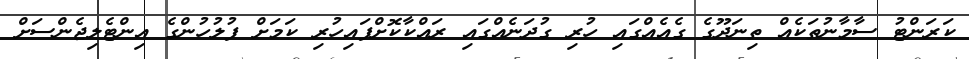
ކަރަންޓު ސާމާނުތަކެއް ތިނަދޫގެ ގެއެއްގައި ހުރި ގުދަނެއްގައި ރައްކާކޮށްފައިހުރި ކަމަށް ފުލުހުންގެ އިންޓެލިޖެންސަށް